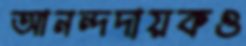
আনন্দদায়কও